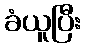
ခံယူပြီး